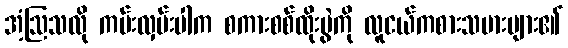
အံ့ဩသလို ကမ်းလှမ်းပါက စကားစစ်ထိုးပွဲကို လူငယ်ကစားသမားများ၏